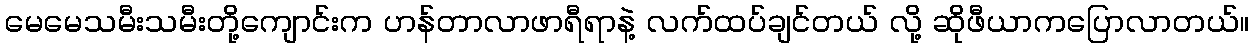
မေမေသမီးသမီးတို့ကျောင်းက ဟန်တာလာဖာရီရာနဲ့ လက်ထပ်ချင်တယ် လို့ ဆိုဖီယာကပြောလာတယ်။